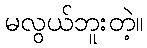
မလွယ်ဘူးတဲ့။